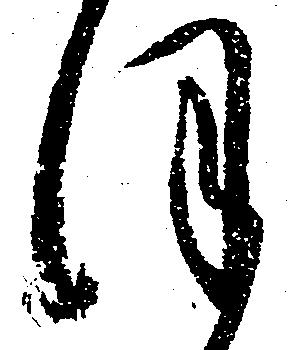
ほ